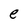
Character: e